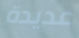
عديدة